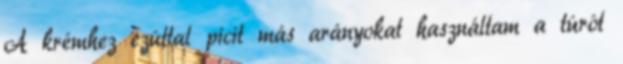
A krémhez ezúttal picit más arányokat használtam a túrót